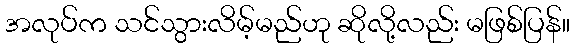
အလုပ်က သင်သွားလိမ့်မည်ဟု ဆိုလို့လည်း မဖြစ်ပြန်။